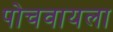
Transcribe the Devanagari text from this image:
पोचवायला